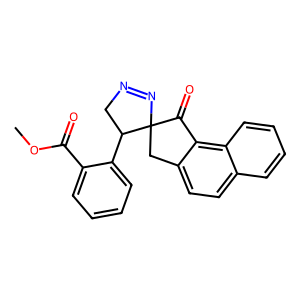
SMILES: COC(=O)c1ccccc1C1CN=NC12Cc1ccc3ccccc3c1C2=O
Inhibits HIV replication: No